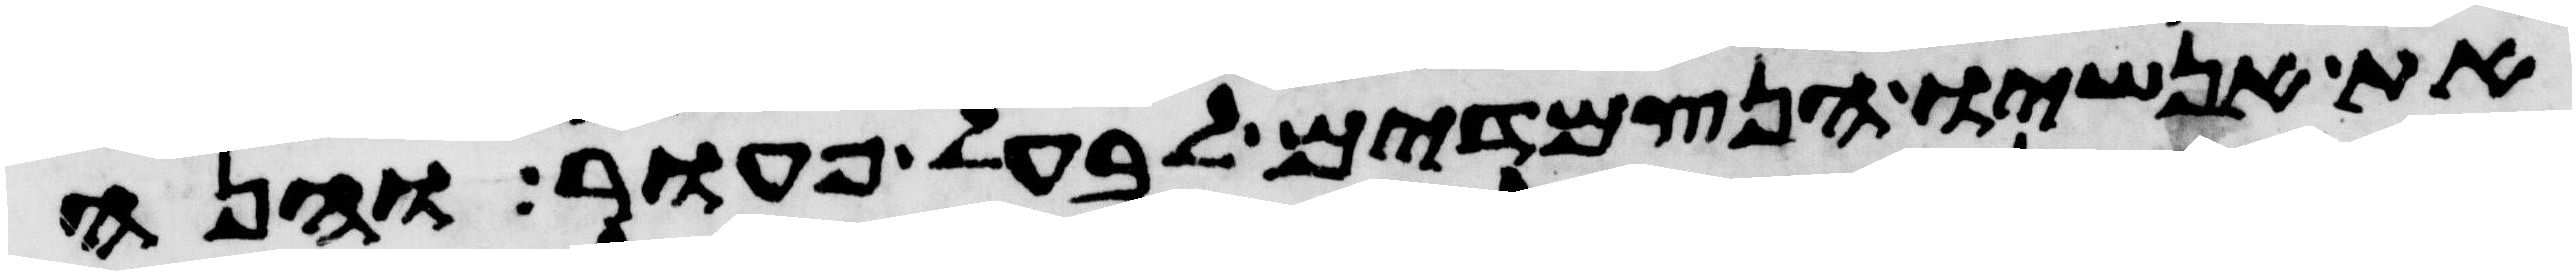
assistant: את אנשיו הנצמדים לבעל פעור והנה